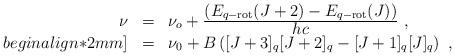
LaTeX: \begin{align*}\begin{array}{rcl}\nu&=&\nu_o+\frac{\displaystyle\left(E_{q-{\rm rot}}(J+2)-E_{q-{\rm rot}}(J)\right)}{\displaystyle hc}~,\\begin{align*}2mm]&=&\nu_0+B\left([J+3]_{q}[J+2]_{q}-[J+1]_{q}[J]_{q}\right)~,\end{array}\end{align*}